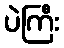
ပဲကြီး